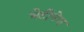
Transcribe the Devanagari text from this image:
भेटीनेच